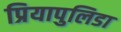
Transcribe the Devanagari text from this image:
प्रियापुलिडा